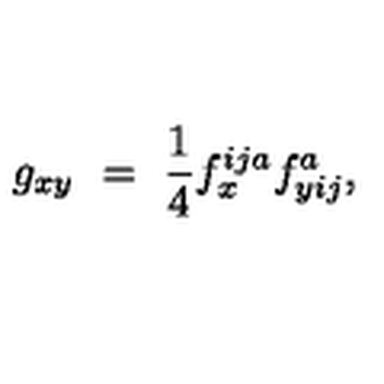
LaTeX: g _ { x y } \ = \ \frac 1 4 f _ { x } ^ { i j a } f _ { y i j } ^ { a } ,